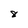
Character: 8